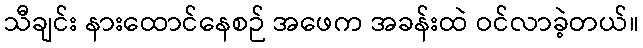
သီချင်း နားထောင်နေစဉ် အဖေက အခန်းထဲ ဝင်လာခဲ့တယ်။